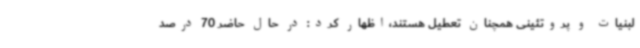
لبنیات و پروتئینی همچنان تعطیل هستند،اظهار کرد: در حال حاضر 70 درصد